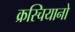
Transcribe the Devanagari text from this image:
क्रस्चियानो